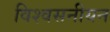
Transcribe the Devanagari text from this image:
विश्वसनीयन